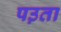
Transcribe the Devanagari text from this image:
पउ़ता